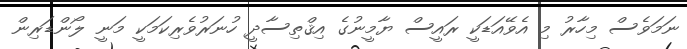
ނަމަވެސް މިހާރު މި އެވޭއަޑަކީ ރައީސް ޔާމީނުގެ އިޤްތިސާދީ ހުނަރުވެރިކަމަކީ މަނީ ލޯންޑަރިން